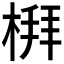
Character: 𪲻